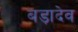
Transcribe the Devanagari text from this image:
बड़ादेव